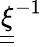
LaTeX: \underline{{\underline{{\xi}}}}^{-1}